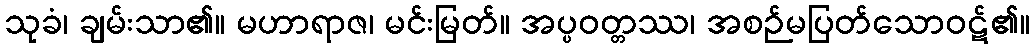
သုခံ၊ ချမ်းသာ၏။ မဟာရာဇ၊ မင်းမြတ်။ အပ္ပဝတ္တဿ၊ အစဉ်မပြတ်သောဝဋ်၏။